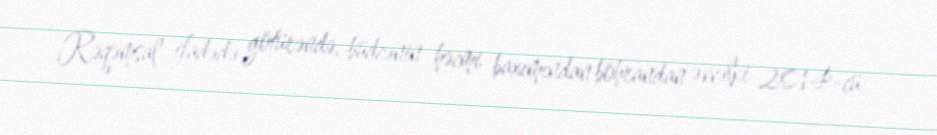
Rəqəmsal ifadədə götürəndə, büdcənin həcmi baxımından böhrandan əvvəlki 2014-cü